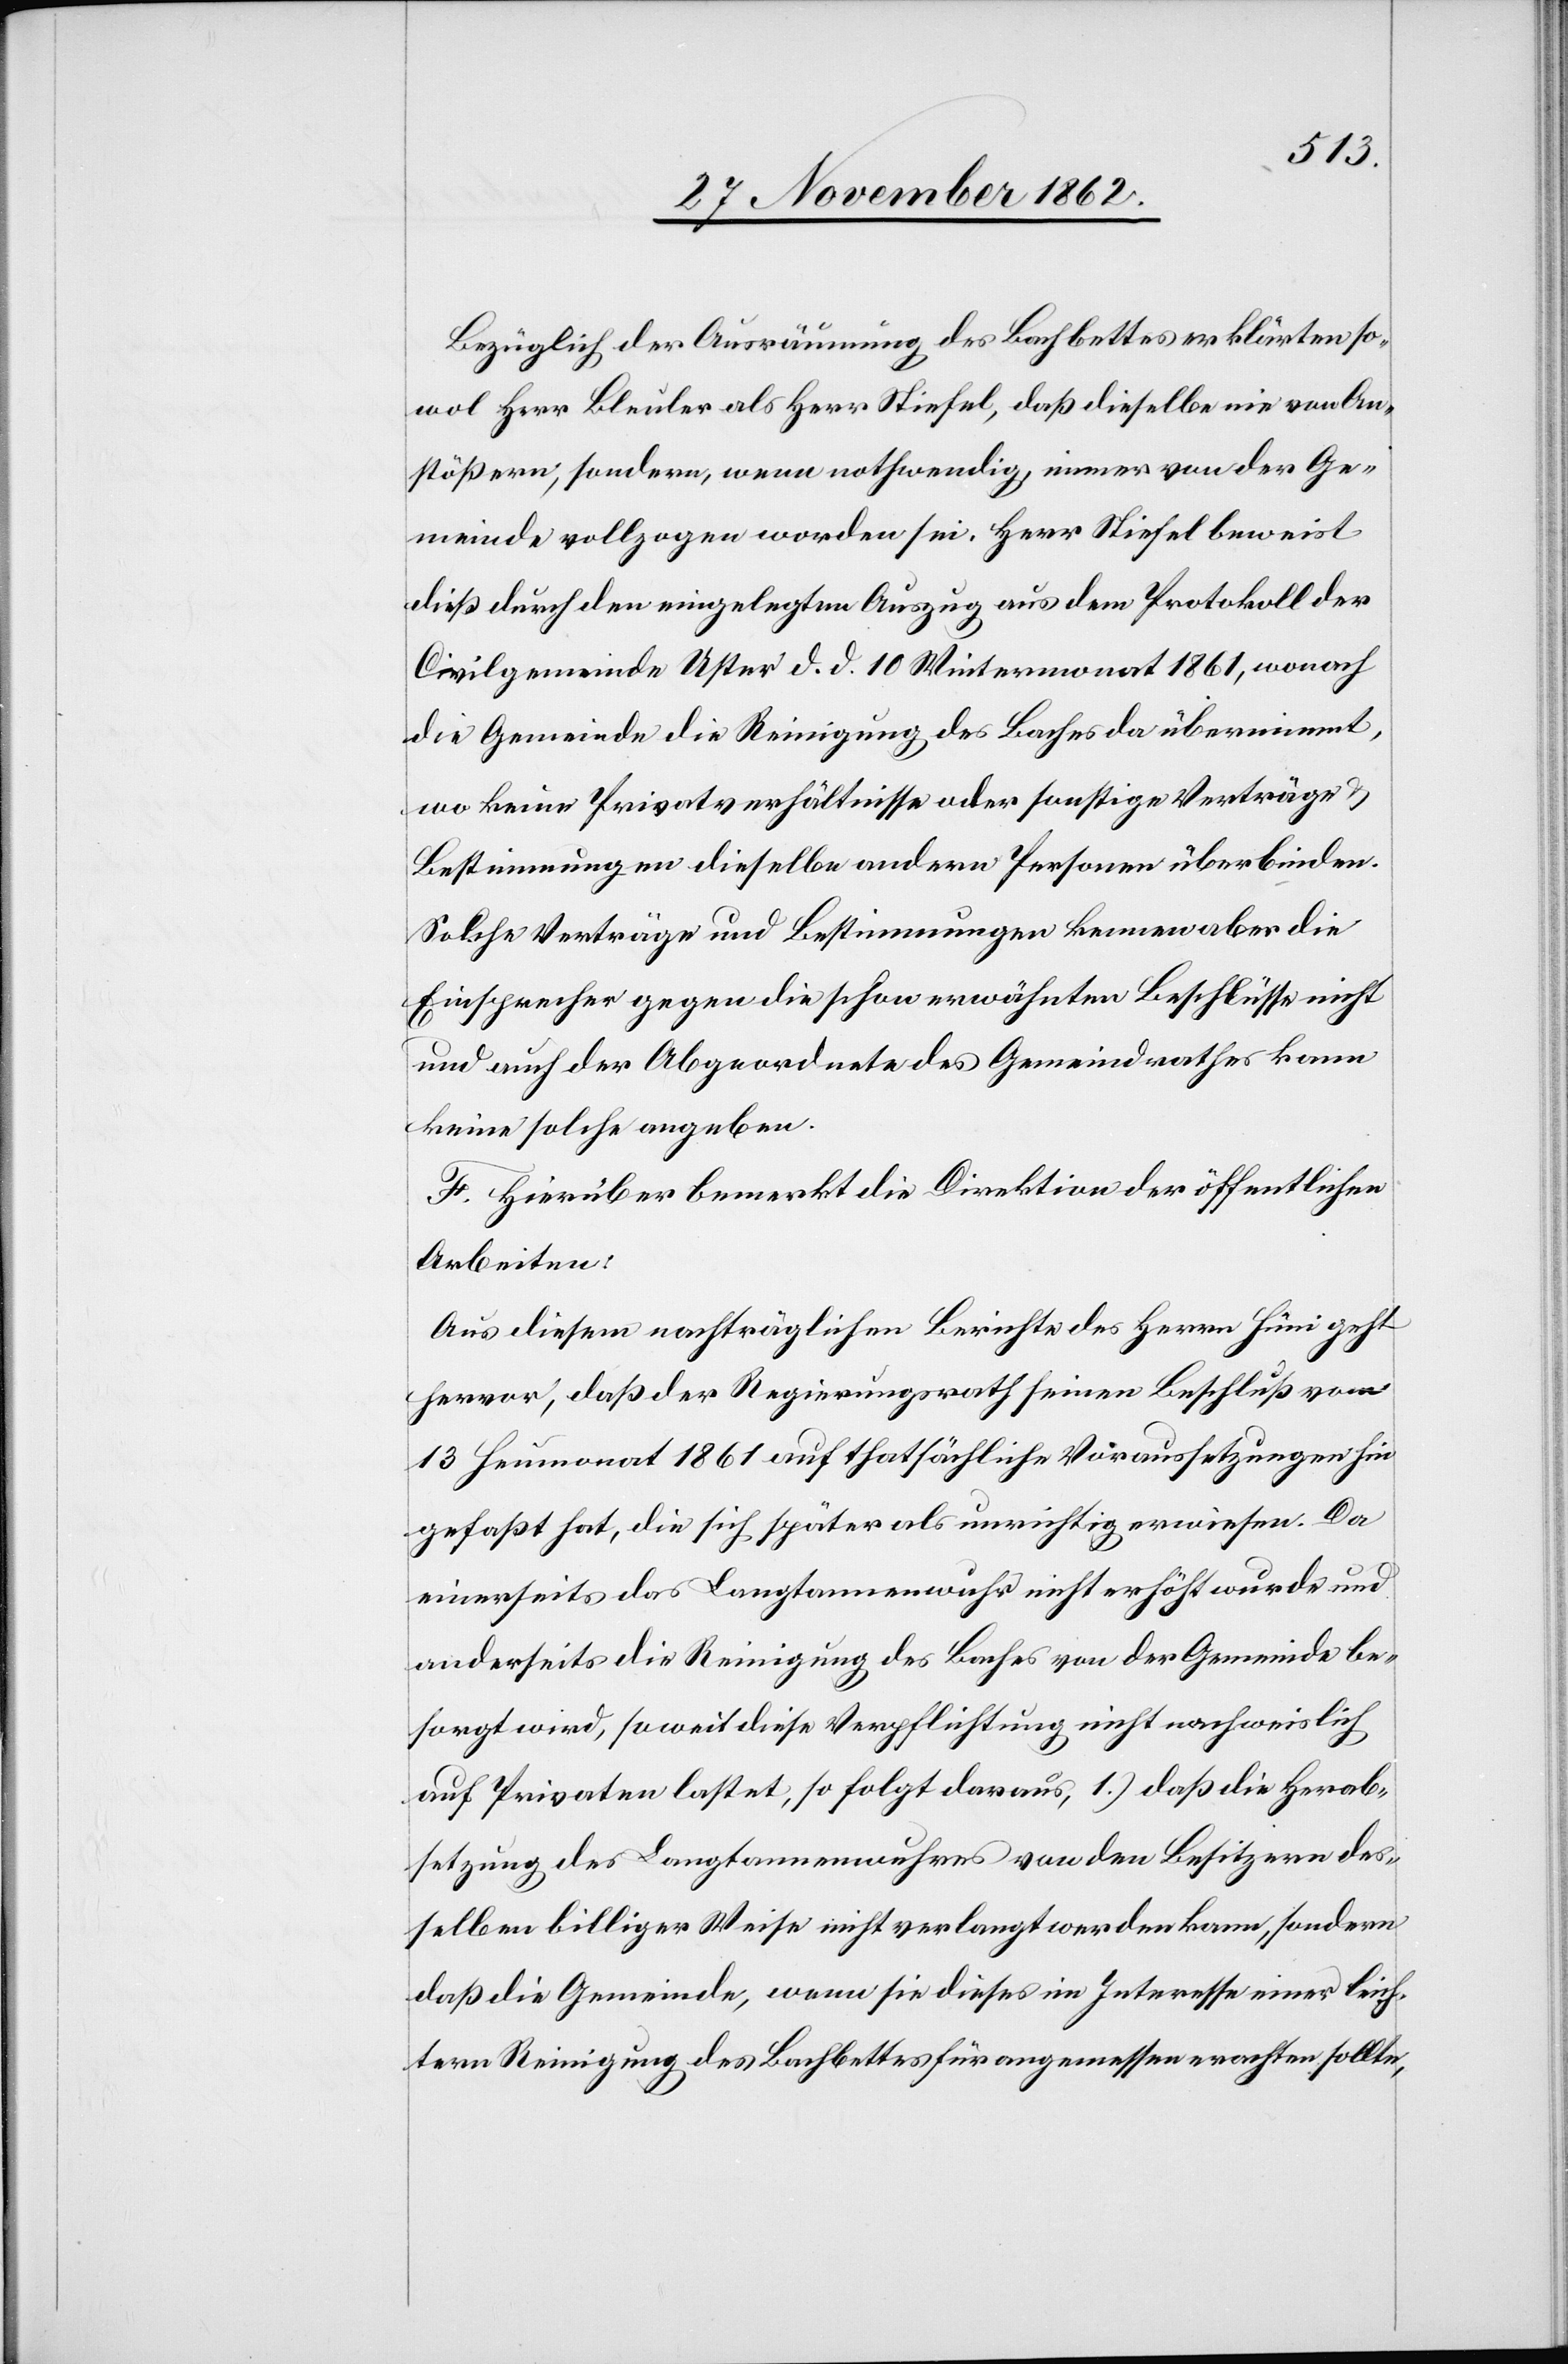
Bezüglich der Ausräumung des Bachbettes erklärten so¬
wol Herr Bleuler als Herr Stiefel, daß dieselbe nie von An¬
stößern, sondern, wenn nothwendig, immer von der Ge¬
meinde vollzogen worden sei. Herr Stiefel beweist
dieß durch den eingelegten Auszug aus dem Protokoll der
Civilgemeinde Uster d. d. 10. Wintermonat 1861, wonach
die Gemeinde die Reinigung des Baches da übernimmt,
wo keine Privatverhältnisse oder sonstige Verträge
Bestimmungen dieselbe andern Personen überbinden.
Solche Verträge und Bestimmungen kennen aber die
Einsprecher gegen die schon erwähnten Beschlüsse nicht
und auch der Abgeordnete des Gemeindrathes kann
keine solche angeben.
F. Hierüber bemerkt die Direktion der öffentlichen
Arbeiten:
Aus diesem nachträglichen Berichte des Herrn Hüni geht
hervor, daß der Regierungsrath seinen Beschluß vom
13. Heumonat 1861 auf thatsächliche Voraussetzungen hin
gefaßt hat, die sich später als unrichtig erwiesen. Da
einerseits das Langtannenwuhr nicht erhört wurde und
anderseits die Reinigung des Baches von der Gemeinde be¬
sorgt wird, so weit diese Verpflichtung nicht nachweislich
auf Privaten lastet, so folgt daraus, 1.) daß die Herab¬
setzung des Langtannenwuhres von den Besitzern des¬
selben billiger Weise nicht verlangt werden kann, sondern
daß die Gemeinde, wenn sie dieses im Interesse einer leich¬
tern Reinigung des Bachbettes für angemessen erachten sollte,